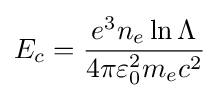
E_{c}={\frac {e^{3}n_{e}\ln {\Lambda }}{4\pi \varepsilon _{0}^{2}m_{e}c^{2}}}